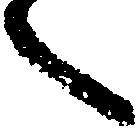
へ